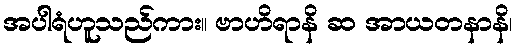
အပါရံဟူသည်ကား။ ဗာဟိရာနိ ဆ အာယတနာနိ၊